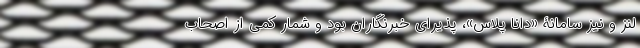
لنز و نیز سامانۀ «دانا پلاس»، پذیرای خبرنگاران بود و شمار کمی از اصحاب